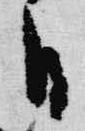
日